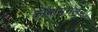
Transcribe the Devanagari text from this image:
कोथामंगलम